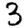
Digit: 3